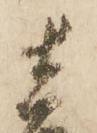
直